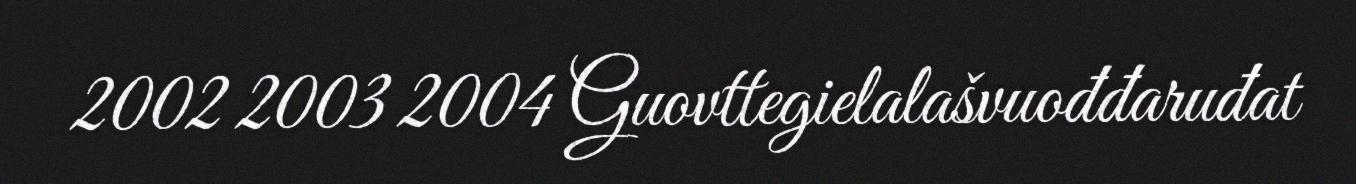
2002 2003 2004 Guovttegielalašvuođđaruđat